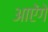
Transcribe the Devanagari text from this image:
आऐंगे